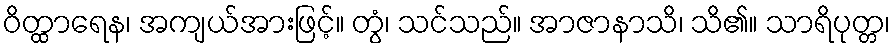
ဝိတ္ထာရေန၊ အကျယ်အားဖြင့်။ တွံ၊ သင်သည်။ အာဇာနာသိ၊ သိ၏။ သာရိပုတ္တ၊